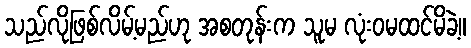
သည်လိုဖြစ်လိမ့်မည်ဟု အစတုန်းက သူမ လုံးဝမထင်မိခဲ့။